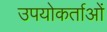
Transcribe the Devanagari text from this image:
उपयोकर्ताओं